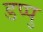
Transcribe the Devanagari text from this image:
डप्पु